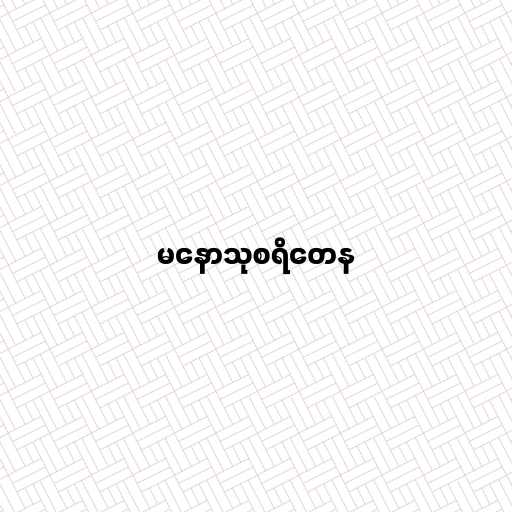
မနောသုစရိတေန